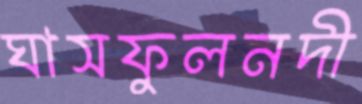
ঘাসফুলনদী